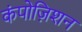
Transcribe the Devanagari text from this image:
कंपोज़िशन